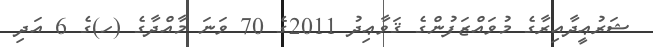
ޝަރުޢީދާއިރާގެ މުވައްޒަފުންގެ ޤަވާޢިދު 2011ގެ 70 ވަނަ މާއްދާގެ (ހ)ގެ 6 އަދި